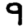
Digit: 9